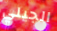
الجيلي